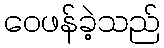
ဝေဖန်ခဲ့သည်